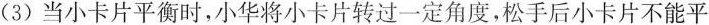
(3)当小卡片平衡时，小华将小卡片转过一定角度，松手后小卡片不能平